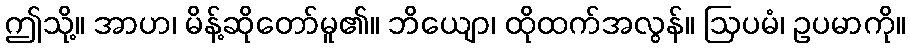
ဤသို့။ အာဟ၊ မိန့်ဆိုတော်မူ၏။ ဘိယျော၊ ထိုထက်အလွန်။ ဩပမံ၊ ဥပမာကို။